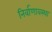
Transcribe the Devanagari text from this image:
निर्वाणावस्था